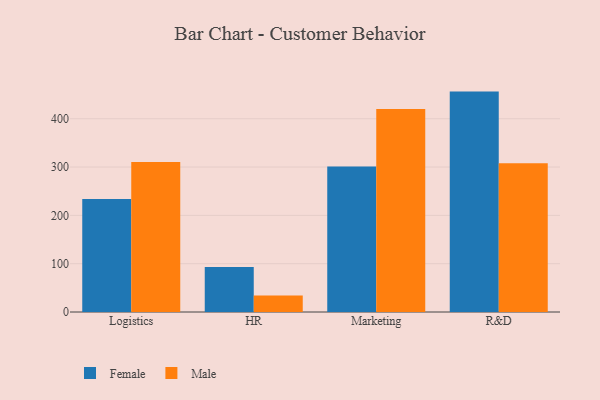
{"axis": {"x": "Department", "y": "Satisfaction Score"}, "legend": ["Female", "Male"], "data": [{"x": "Logistics", "y": 234.1, "type": "Female"}, {"x": "Logistics", "y": 310.4, "type": "Male"}, {"x": "HR", "y": 93.3, "type": "Female"}, {"x": "HR", "y": 33.9, "type": "Male"}, {"x": "Marketing", "y": 301.2, "type": "Female"}, {"x": "Marketing", "y": 420.1, "type": "Male"}, {"x": "R&D", "y": 456.2, "type": "Female"}, {"x": "R&D", "y": 307.9, "type": "Male"}]}